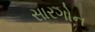
સારગોન